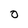
Character: 0